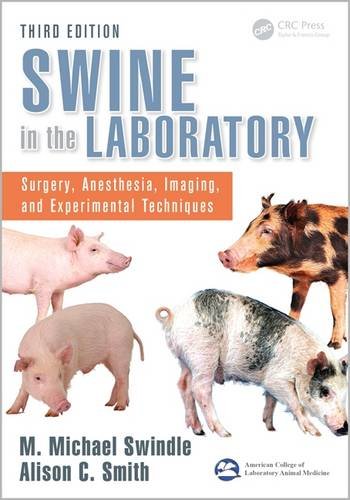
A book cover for Swine in the Laboratory: Surgery, Anesthesia, Imaging, and Experimental Techniques, Third Edition; Medical Books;